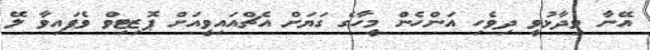
އޭނާ ވިދާޅުވީ ދިވެހި އަންހެން މީހާގެ ގަޔަށް އެޗްއައިވީއަށް ޕޮޒިޓިވް ވެފައިވާ ލޭ